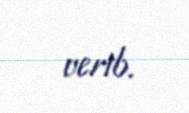
verib.